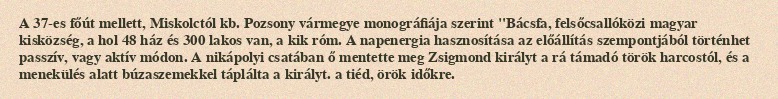
A 37-es főút mellett, Miskolctól kb. Pozsony vármegye monográfiája szerint "Bácsfa, felsőcsallóközi magyar kisközség, a hol 48 ház és 300 lakos van, a kik róm. A napenergia hasznosítása az előállítás szempontjából történhet passzív, vagy aktív módon. A nikápolyi csatában ő mentette meg Zsigmond királyt a rá támadó török harcostól, és a menekülés alatt búzaszemekkel táplálta a királyt. a tiéd, örök időkre.